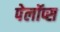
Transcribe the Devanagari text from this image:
पेलॉप्स